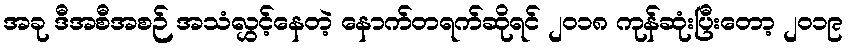
အခု ဒီအစီအစဉ် အသံလွှင့်နေတဲ့ နောက်တရက်ဆိုရင် ၂၀၁၈ ကုန်ဆုံးပြီးတော့ ၂၀၁၉